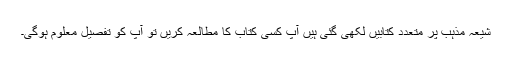
شیعہ مذہب پر متعدد کتابیں لکھی گئی ہیں آپ کسی کتاب کا مطالعہ کریں تو آپ کو تفصیل معلوم ہوگی۔